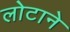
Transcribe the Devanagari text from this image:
लोटाने